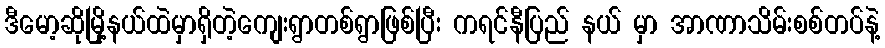
ဒီမော့ဆိုမြို့နယ်ထဲမှာရှိတဲ့ကျေးရွာတစ်ရွာဖြစ်ပြီး ကရင်နီပြည် နယ် မှာ အာဏာသိမ်းစစ်တပ်နဲ့